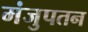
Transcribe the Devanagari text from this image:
मंजुपतन